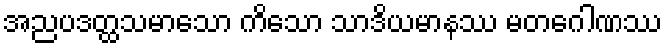
အညပဒတ္ထသမာသော ကိသော သာဒိယမာနဿ မတဂေါဏဿ